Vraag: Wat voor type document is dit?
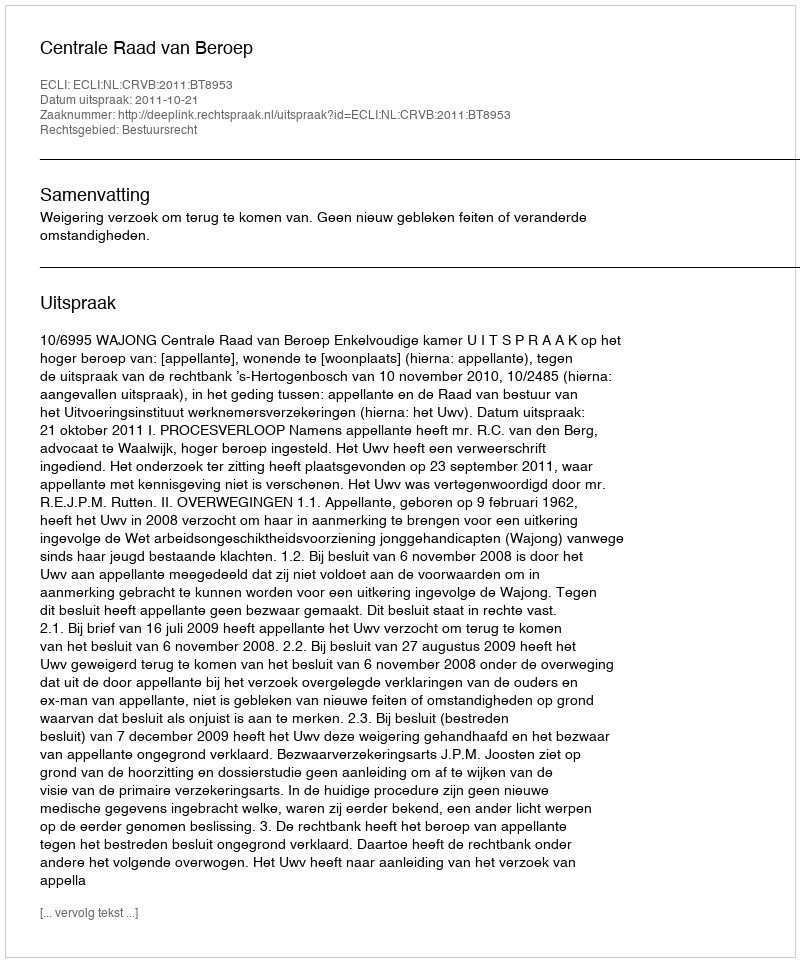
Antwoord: Uitspraak